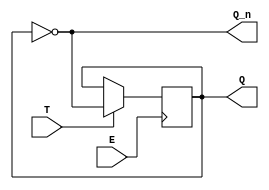
module gated_t_latch (
    input wire T,        // Toggle input
    input wire E,        // Enable input
    output reg Q,        // Output Q
    output wire Q_n      // Output not Q
);

    assign Q_n = ~Q;     // Complement of Q

    // Always block to implement the gated T latch behavior
    always @(posedge E) begin
        if (T) begin
            Q <= ~Q;      // Toggle Q when T is high and E is high
        end
        // If T is low, Q remains unchanged
    end

endmodule